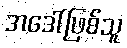
အဒေါ်ဖြစ်သူ